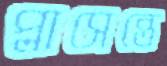
প্লাসেন্তে